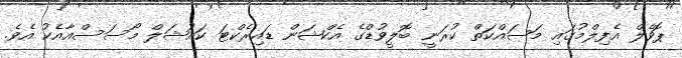
ޕޮވެލް އެފިލްމުގައި މަސައްކަތް ކުރަނީ ބޮލީވުޑްގެ އެކްޝަން ޑައިރެކްޓަ ކައުޝަލް މޯސަސްއާއެކު އެވެ.